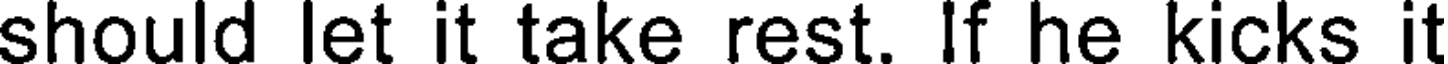
should let it take rest. If he kicks it